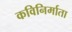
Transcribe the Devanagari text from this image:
कविनिर्माता